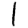
Digit: 1